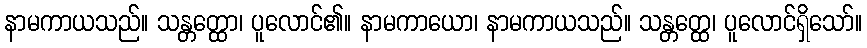
နာမကာယသည်။ သန္တတ္ထော၊ ပူလောင်၏။ နာမကာယော၊ နာမကာယသည်။ သန္တတ္ထေ၊ ပူလောင်ရှိသော်။